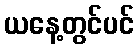
ယနေ့တွင်ပင်